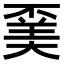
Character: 𠁍